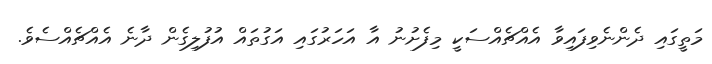
މަތީގައި ދެންނެވިފައިވާ އެއްޗެއްސަކީ މިފެށުނު އާ އަހަރުގައި އަގުތައް އުފުލިގެން ދާނެ އެއްޗެއްސެވެ.